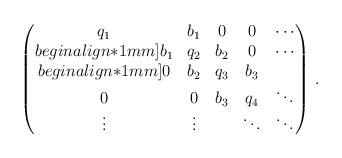
LaTeX: \begin{align*} \begin{pmatrix} q_1 & b_1 & 0 & 0 & \cdots\\begin{align*}1mm] b_1 & q_2 & b_2 & 0 & \cdots \\begin{align*}1mm] 0 & b_2 & q_3 &b_3 & \\0 & 0 & b_3 & q_4 & \ddots\\ \vdots & \vdots & & \ddots& \ddots \end{pmatrix}\,.\end{align*}